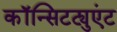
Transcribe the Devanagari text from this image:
कॉन्सिटट्युएंट